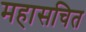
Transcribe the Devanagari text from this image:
महासचित